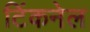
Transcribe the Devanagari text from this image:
टिंकनेल